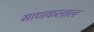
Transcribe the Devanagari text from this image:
माणकलाल